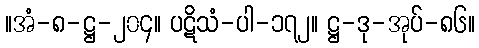
။အံ-၈-ဋ္ဌ-၂၀၄။ ပဋိသံ-ပါ-၁၇၂။ ဋ္ဌ-ဒု-အုပ်-၈၆။